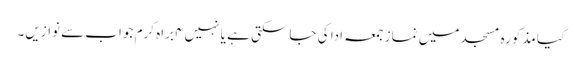
کیا مذکورہ مسجد میں نماز جمعہ ادا کی جاسکتی ہے یا نہیں۴ براہ کرم جواب سے نوازیں۔